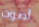
أصوت